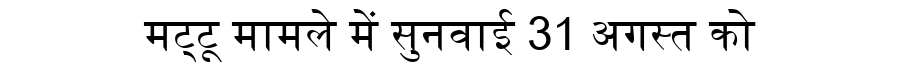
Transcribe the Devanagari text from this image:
मट्टू मामले में सुनवाई 31 अगस्त को